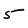
Character: 5